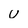
Character: u